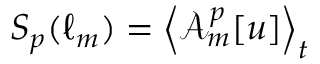
S _ { p } ( \ell _ { m } ) = \left\langle \mathcal { A } _ { m } ^ { p } [ u ] \right\rangle _ { t }